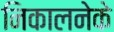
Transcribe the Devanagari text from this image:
निकालनेके